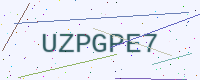
Text: UZPGPE7